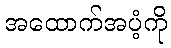
အထောက်အပံ့ကို